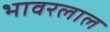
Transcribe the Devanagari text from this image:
भावरलाल